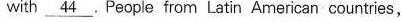
with\underline{44}PeoplefromLatinAmericancountries